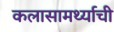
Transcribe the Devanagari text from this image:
कलासामर्थ्याची